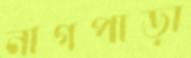
নাগপাড়া